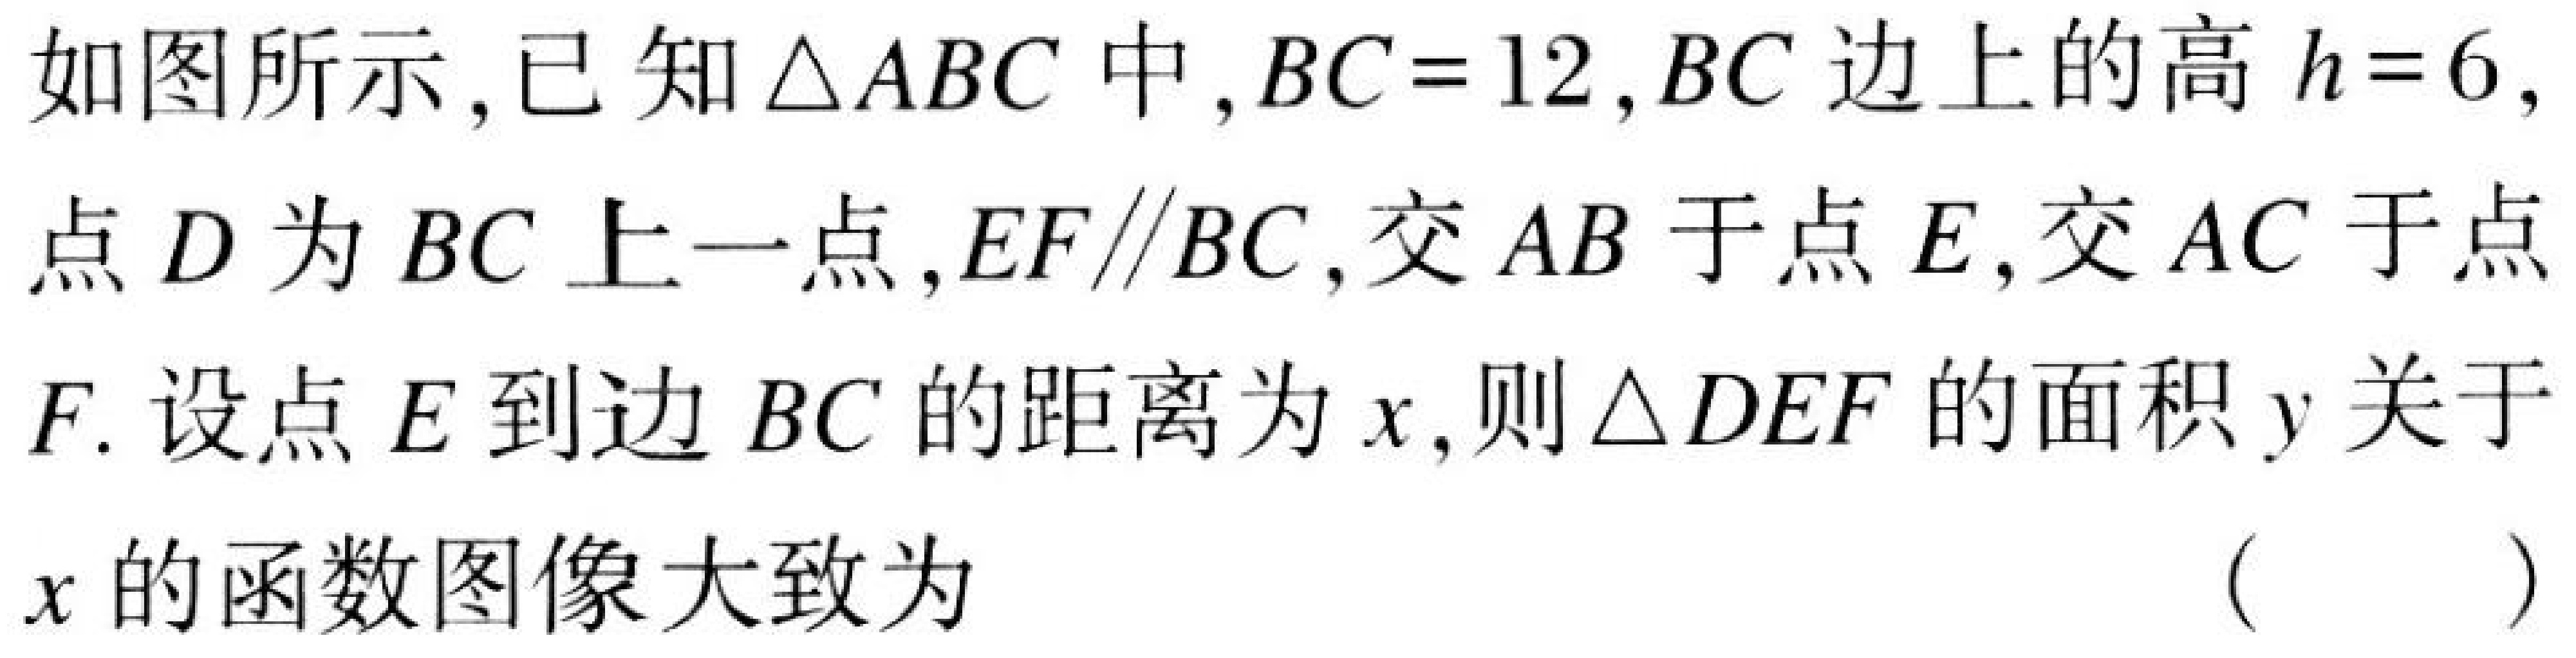
如图所示,已知$\triangle ABC$中,$BC = 12$,$BC$边上的高$h = 6$,
点$D$为$BC$上一点,$EF\parallel BC$,交$AB$于点$E$,交$AC$于点
$F$.设点$E$到边$BC$的距离为$x$,则$\triangle DEF$的面积$y$关于
$x$的函数图像大致为 （  ）